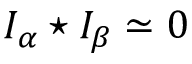
I _ { \alpha } \star I _ { \beta } \simeq 0